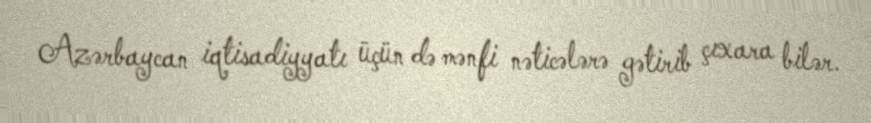
Azərbaycan iqtisadiyyatı üçün də mənfi nəticələrə gətirib çıxara bilər.